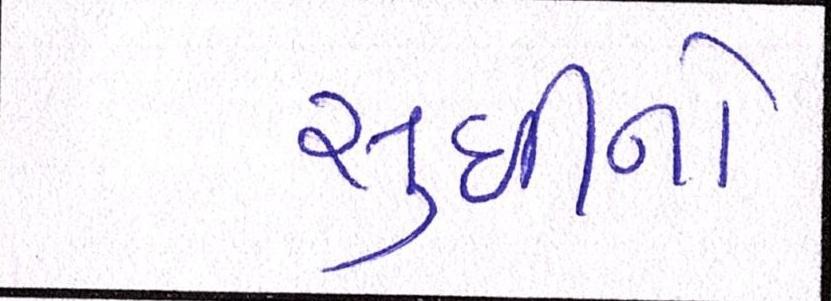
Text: સુધીનો